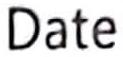
Date